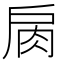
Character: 𢩌